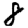
Digit: 8